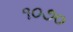
૧૦૭૦